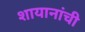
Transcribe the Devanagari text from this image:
शायानांची